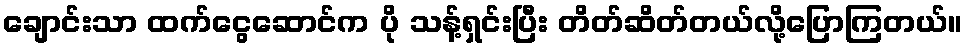
ချောင်းသာ ထက်ငွေဆောင်က ပို သန့်ရှင်းပြီး တိတ်ဆိတ်တယ်လို့ပြောကြတယ်။